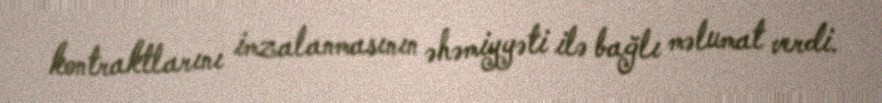
kontraktlarını imzalanmasının əhəmiyyəti ilə bağlı məlumat verdi.